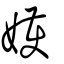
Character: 嬳